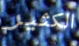
الكثير